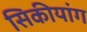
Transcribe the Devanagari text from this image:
सिकीयांग